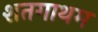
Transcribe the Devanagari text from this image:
शतगाथम